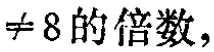
$\neq 8\text{的倍数},$